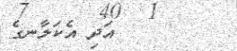
އަދި އެކަލާނގެ